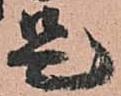
是